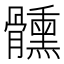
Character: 𩪱